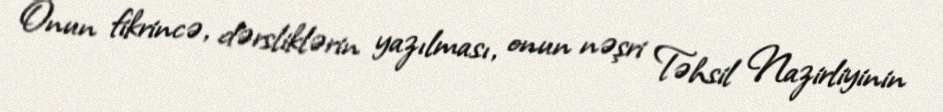
Onun fikrincə, dərsliklərin yazılması, onun nəşri Təhsil Nazirliyinin